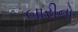
બારીનો